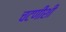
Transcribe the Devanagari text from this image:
चटणीशी